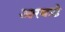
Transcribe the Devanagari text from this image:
आरवाडे